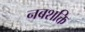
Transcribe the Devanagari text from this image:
नबशक्ति